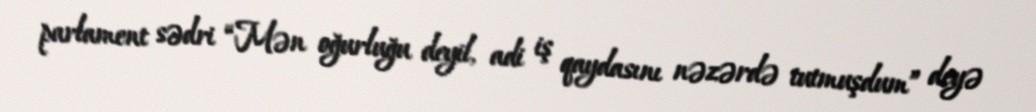
parlament sədri “Mən oğurluğu deyil, adi iş qaydasını nəzərdə tutmuşdum” deyə